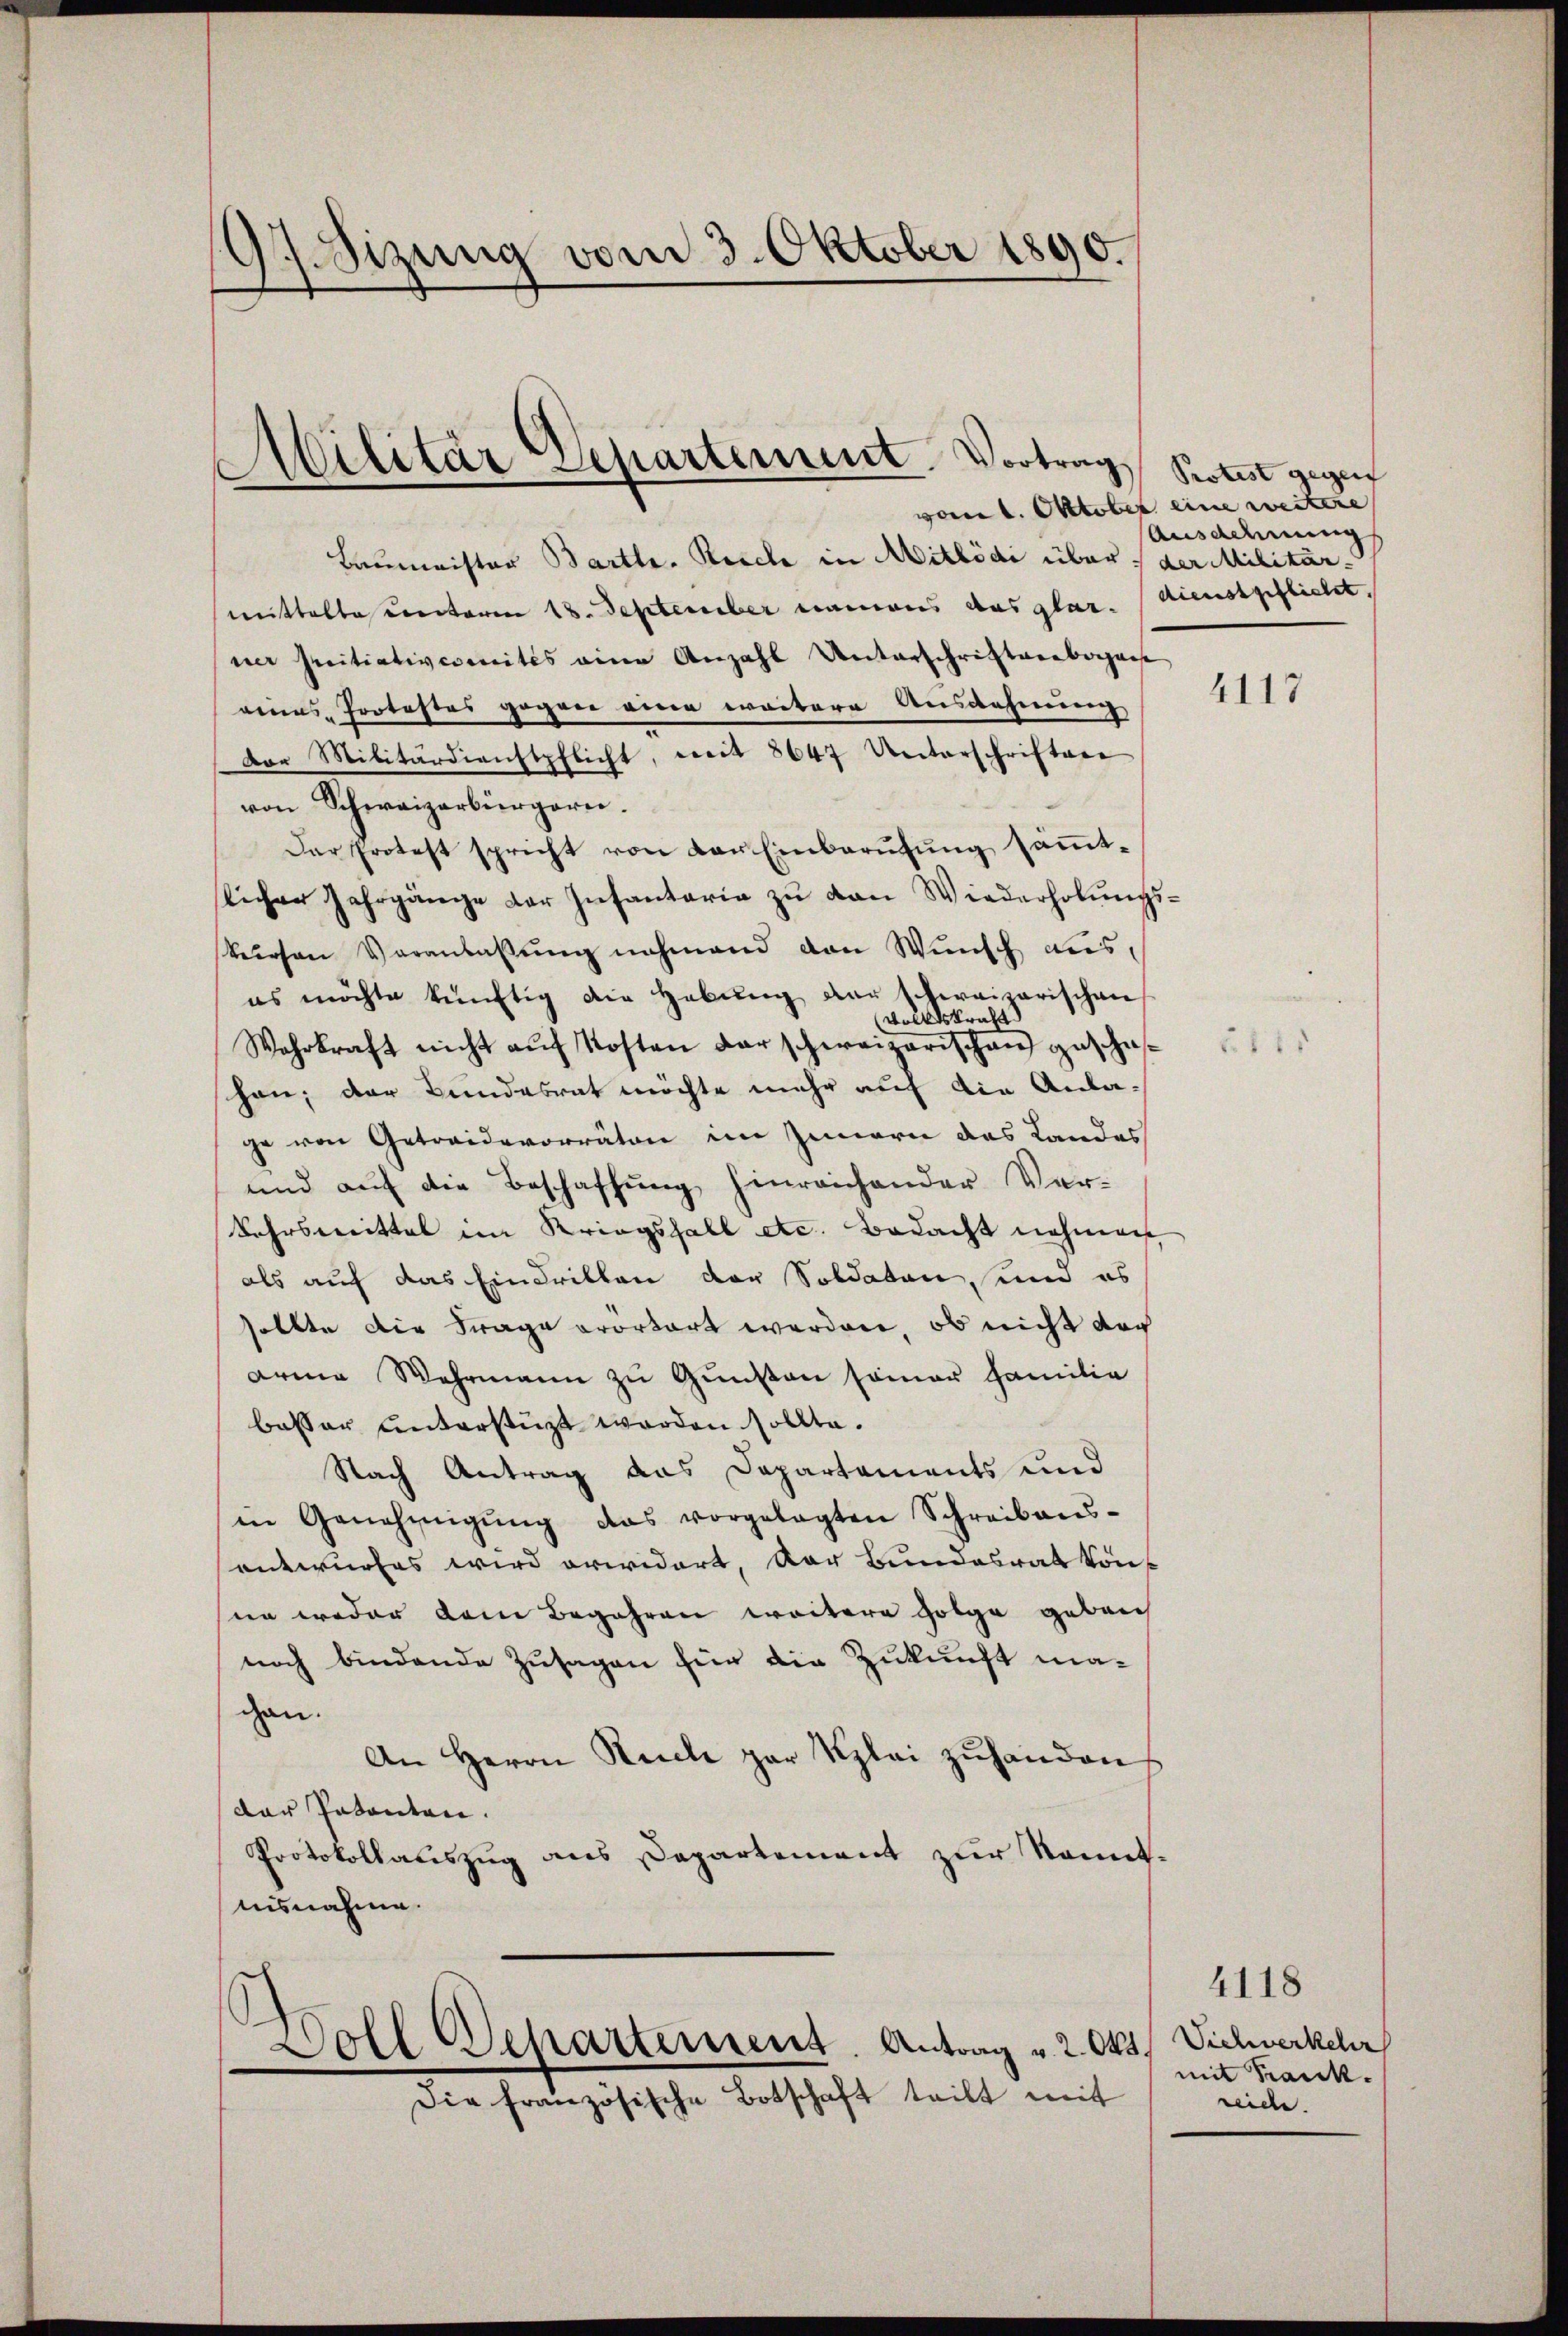
d
Sizung vom 3. Oktober 1890.

Militär Separtement. Vortrag

Baumeister Bartl. Kirche in Mitlödi über der Militär-
mittelte Crectoren 18. September anwies das glar. Dienstpflicht.
ner seitiativcomités eine Anzahl Unterschriftenbergasse
reines Protestos gegen einen weitere Ausdehnung
von Militärdienstpflicht, mit 8647 Unterschriften
von Schweizerbürgerei.
Der Protest spricht von der Einberufung sämmtlicher Jahrgänge der Insantaria zŭ von Wiederholŭngs-
Verson Veranlaβŭng nehmend von Wünsch auses möchte künftig die Hebŭng der schweizerischen
vollstricht
Wahrkraft nicht auf Kosten darschweizerischen geschäschon, der Bundesrat möchte mehr auf die Anlage von Getraidevorräten im Innern das Landes
und auf die Beschaffung hinreichender Ver-
Kehrsmittel im Kriegsfall etc. Bedacht nehmen
als auf das Eindritten der Soldaten, und es
sollte die Frage vorbert werden, ob nicht der
arme Wehrmann zu Gunsten seiner Familie
basser unterstüzt worden sollte.
Nach Antrag das Departements und
in Genehmigŭng das vorgelegten Schreibens-
entwurfes wird erwidert, der Bundesrat könne weder dem Begehren weitere Folge gebrich
noch bindende Zusagen für die Zukunft magan.
An Herrn Stücke par Kzlei zuhanden
der Patenten.
Protokollauszug aus Departement zur konnt.
uisnahme.

Woll Separtement. Antrag u. 2. Okt
Die französische Botschaft teilt mit

Protest gegen
vom 1. Oktober eine weitere
Ausadung

4117

4118
Sichwerkehr
a
mit Krank.
reide.